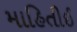
માહિતીઈ